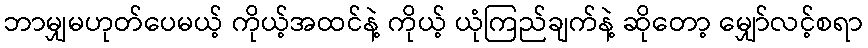
ဘာမျှမဟုတ်ပေမယ့် ကိုယ့်အထင်နဲ့ ကိုယ့် ယုံကြည်ချက်နဲ့ ဆိုတော့ မျှော်လင့်စရာ